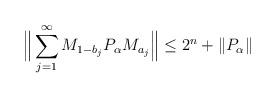
LaTeX: \begin{align*}\Big \| \sum_{j=1}^\infty M_{1-b_j} P_\alpha M_{a_j} \Big \| \leq 2^n + \| P_\alpha\|\end{align*}